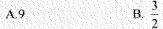
A.9 B.\frac{3}{2}